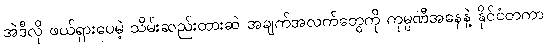
အဲဒီလို ဖယ်ရှားပေမဲ့ သိမ်းဆည်းထားဆဲ အချက်အလက်တွေကို ကုမ္ပဏီအနေနဲ့ နိုင်ငံတကာ